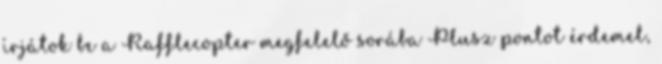
írjátok be a Rafflecopter megfelelő sorába Plusz pontot érdemel,